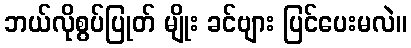
ဘယ်လိုစွပ်ပြုတ် မျိုး ခင်ဗျား ပြင်ပေးမလဲ။